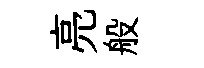
亮般